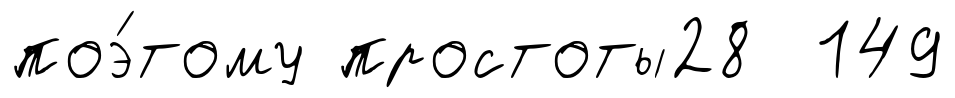
поэ́тому простоты28 149